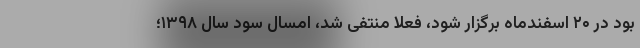
بود در ۲۰ اسفندماه برگزار شود، فعلا منتفی شد، امسال سود سال ۱۳۹۸؛